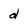
Character: d